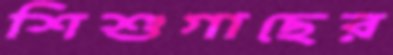
শিশুগাছের